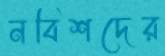
নবিশদের